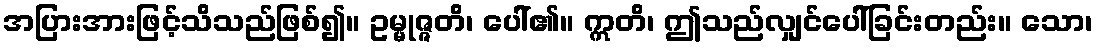
အပြားအားဖြင့်သိသည်ဖြစ်၍။ ဥမ္မုဇ္ဇတိ၊ ပေါ်၏။ ဣတိ၊ ဤသည်လျှင်ပေါ်ခြင်းတည်း။ သော၊